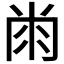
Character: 𰏘